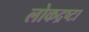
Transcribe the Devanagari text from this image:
लोकद्रष्टा